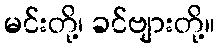
မင်းတို့၊ ခင်ဗျားတို့။